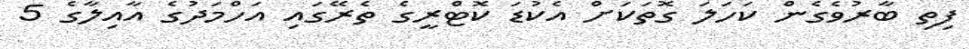
ފިތި ބާރުވެގެން ކަހަލަ ގޮތަކަށް އެކުޑަ ކޮޓްރީގެ ތެރޭގައި އަހްމަދުގެ އާއިލާގެ 5